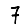
Digit: 7